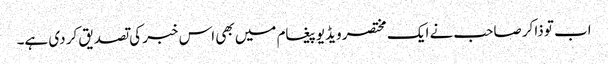
اب تو ذاکر صاحب نے ایک مختصر ویڈیو پیغام میں بھی اس خبر کی تصدیق کر دی ہے۔